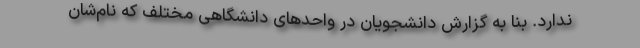
ندارد. بنا به گزارش دانشجویان در واحدهای دانشگاهی مختلف که نام‌شان